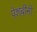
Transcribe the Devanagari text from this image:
पेशबीनी